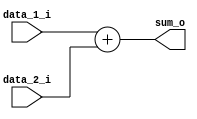
module adder (
    input  data_1_i,
    input  data_2_i,
    output sum_o
);
    assign sum_o = data_1_i + data_2_i;
endmodule